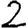
Digit: 2